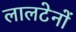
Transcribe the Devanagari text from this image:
लालटेनों